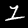
Label: 1